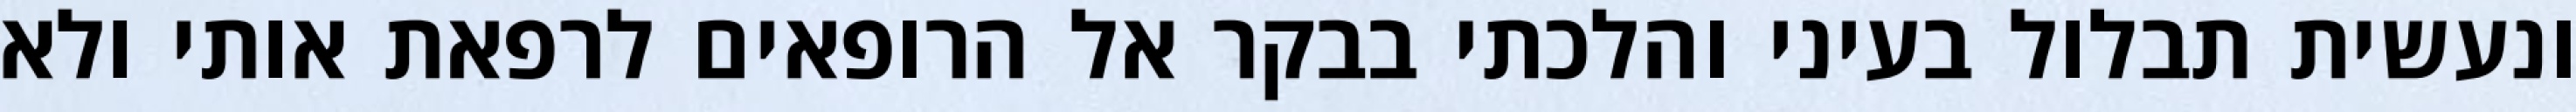
ונעשית תבלול בעיני והלכתי בבקר אל הרופאים לרפאת אותי ולא